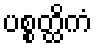
ပစ္စတ္ထိကံ